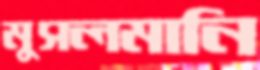
মুসলমানি